Annual report of the Madras Medical College
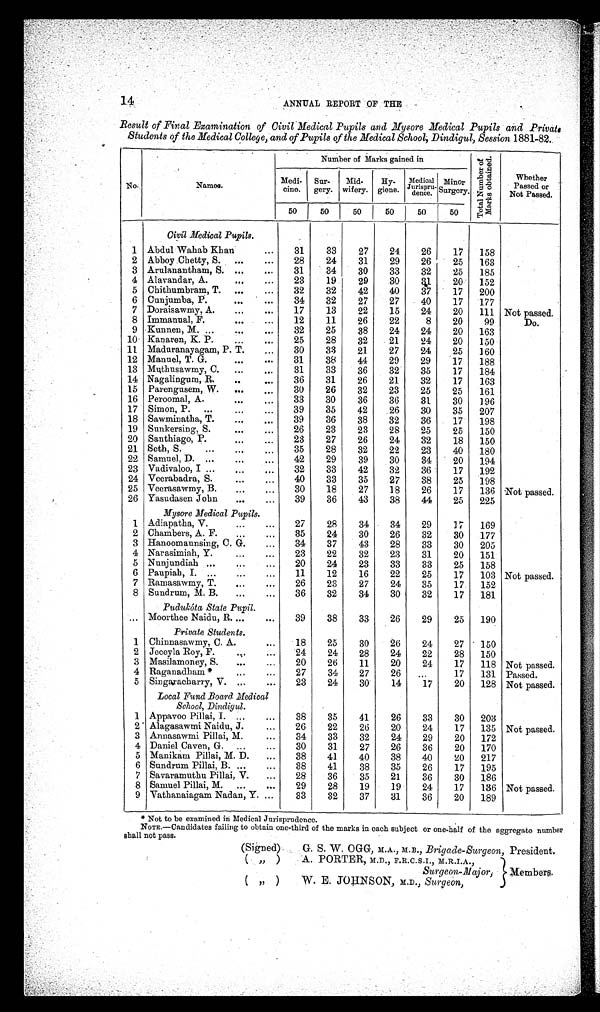
14
ANNUAL REPORT OF THE
Result of Final Examination of Civil Medical Pupils and Mysore Medical Pupils and Private
Students of the Medical College, and of Pupils of the Medical School-, Dindigul, Session 1881-82.
No.
Names.
N Number of Marks gained in
T o t a l Nu mb e r o f
Ma r k s o b t a i n e d .
Whether
Passed or
Not Passed.
Medi-
cine.
Stu-
gery.
Mid-
wifery.
Hy-
giene.
Medical
Jurispru-
dence.
Minor
Surgery.
50
50
50
50
50
50
Civil Medical Pupils.
1 Abdul Wahab Khan
...
31
33
27
24
26
17
158
2 Abboy Chetty, S. ...
...
28
24
31
29
26
25
163
3 Arulanantham, S. ...
...
31
34
30
33
32
25
185
4 Alavandar, A.
...
...
23
19
29
30
31
20
152
5 Chithumbram, T. ...
...
32
32
42
40
37
17
200
6 Cunjumba, P.
... ...
34
32
27
27
40
17
177
7 Doraisawmy, A.
...
...
17
13
22
15
24
20
111 Not passed.
8 Immanual, F.
...
...
12
11
26
22
8
20
99
Do.
9 Kunnen, M. ...
...
...
32
25
38
24
24
20
163
10 Kanaren, K. P. ... ...
25
28
32
21
24
20
150
11 Maduranayagam, P. T.
...
30
33
21
27
24
25
160
12 Manuel, T. G.
...
...
31
38
44
29
29
17
188
13 Muthusawmy, C.
...
...
31
33
36
32
35
17
184
14 Nagalingum, R.
..
...
36
31
26
21
32
17
163
15 Parengusem, W.
...
...
30
26
32
23
25
25
161
16 Peroomal, A.
...
...
33
30
36
36
31
30
196
17 Simon, P. ...
...
...
39
35
42
26
30
35
207
18 Sawminatha, T.
...
...
39
36
38
32
36
17
198
19 Sunkersing, S.
...
...
26
23
23
28
25
25
150
20 Santhiago, P.
...
...
23
27
26
24
32
18
150
21 Seth, S.
...
...
...
35
28
32
22
23
40
180
22 Samuel, D. ...
...
...
42
29
39
30
34
20
194
23 Vadivaloo, I ...
...
...
32
33
42
32
36
17
192
24 Veerabadra, S.
... ...
40
33
35
27
38
25
198
25 Veerasawmy, B.
...
...
30
18
27
18
26
17
136 Not passed.
26 Yasudasen John
...
...
39
36
43
38
44
25
225
Mysore Medical Pupils.
1 Adiapatha, V.
...
...
27
28
34
34
29
17
169
2 Chambers, A. F.
...
...
35
24
30
26
32
30
177
3 Hanoomaunsing, C. G.
...
34
37
43
28
33
30
205
4 Narasimiah, Y.
...
...
23
22
32
23
31
20
151
5 Nunjundiah ...
...
...
20
24
23
33
33
25
158
6 Paupiah, I. ...
...
...
11
12
16
22
25
17
103 Not passed.
7 Ramasawmy T.
...
26
23
27
24
35
17
152
8 Sundrum, M. B.
...
...
36
32
34
30
32
17
181
Pudukóta State Pupil.
... Moorthee Naidu, R. ...
...
39
38
33
26
29
25
190
Private Students.
1 Chinnasawmy, C. A. ...
18
25
30
26
24
27
150
2 Jeceyla Roy, F.
...
...
24
24
28
24
22
28
150
3 Masilamoney, S.
...
...
20
26
11
20
24
17
118 Not passed.
4 Raganadham *
...
...
27
34
27
26
. . . 17
131 Passed.
5 Singaracharry, V. ...
...
23
24
30
14
17
20
128 Not passed.
Local Fund Board Medical
School, Dindigul.
1 Appavoo Pillai, I. ...
...
38
35
41
26
33
30
203
2 Alagasawmi Naidu, J.
...
26
22
26
20
24
17
135 Not passed.
3 Annasawmi Pillai, M.
...
34
33
32
24
29
20
172
4 Daniel Caven, G. ...
...
30
31
27
26
36
20
170
5 Manikam Pillai, M. D.
...
38
41
40
38
40
20
217
6 Sundrum Pillai B. ...
...
38
41
38
35
26
17
195
7 Savaramuthu Pillai, V.
...
28
36
35
21
36
30
186
8 Samuel Pillai, M. ...
...
29
28
19
19
24
17
136 Not passed.
9 Vathanaiagam Nadan, Y. ...
33
32
37
31
36
20
189
* Not to be examined in Medical Jurisprudence.
NOTE.—Candidates failing to obtain one-third of the marks in each subject or one-half of the aggregate number
shall not pass.
(Signed)
G. S. W. OGG, M.A., M.B., Brigade-Surgeon, President.
( „ )
A. PORTER, M.D., F.R.C.S.I., M.R.I.A.,
Surgeon-Major; Membem.
( " ) W. E. JOHNSON, M.D., Surgeon,